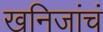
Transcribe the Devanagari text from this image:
खनिजांचं